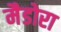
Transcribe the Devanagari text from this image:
मैडोरा